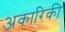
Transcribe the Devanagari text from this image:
अकारिकी